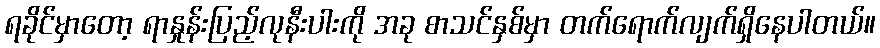
ရခိုင်မှာတော့ ရာနှုန်းပြည့်လုနီးပါးကို အခု စာသင်နှစ်မှာ တက်ရောက်လျက်ရှိနေပါတယ်။